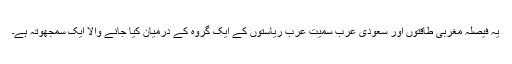
یہ فیصلہ مغربی طاقتوں اور سعودی عرب سمیت عرب ریاستوں کے ایک گروہ کے درمیان کیا جانے والا ایک سمجھوتہ ہے۔